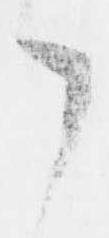
了